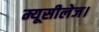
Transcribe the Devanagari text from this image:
म्यूसीलेज।